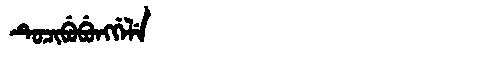
Manchu: ᡨᡠᠴᡳᠪᡠᠪᡠᠩᡤᡝᠯᡝ
Romanization: TUCIBUBUNGGELE